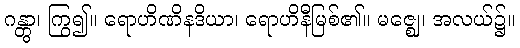
ဂန္တွာ၊ ကြွ၍။ ရောဟိဏိနဒိယာ၊ ရောဟိနီမြစ်၏။ မဇ္ဈေ၊ အလယ်၌။